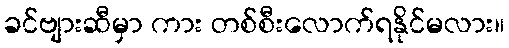
ခင်ဗျားဆီမှာ ကား တစ်စီးလောက်ရနိုင်မလား။